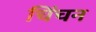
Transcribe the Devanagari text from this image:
चिंचन